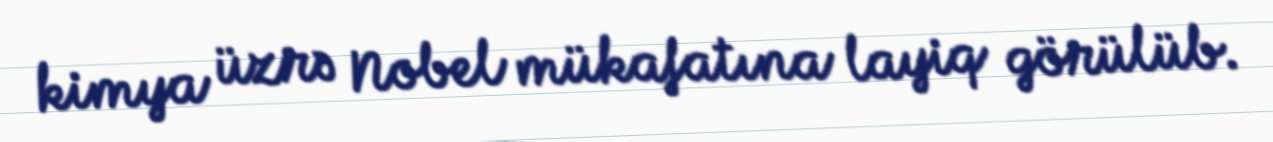
kimya üzrə Nobel mükafatına layiq görülüb.